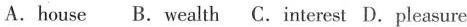
A.house B. Wealth C.Interest D.Pleasure